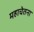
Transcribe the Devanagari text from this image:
महाचेतना